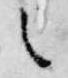
之